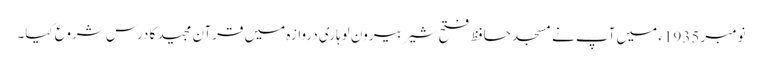
نومبر 1935ء میں آپ نے مسجد حافظ فتح شیر بیرون لوہاری دروازہ میں قرآن مجید کا درس شروع کیا۔